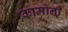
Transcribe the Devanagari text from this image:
कामोनी